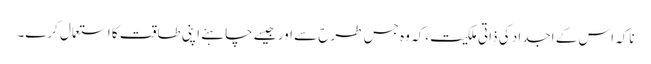
ناکہ اس کے اجداد کی ذاتی ملکیت ،کہ وہ جس طرح سے اور جیسے چاہئے اپنی طاقت کا استعمال کرے۔